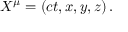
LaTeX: X ^ { \mu } = ( c t , x , y , z ) \, .